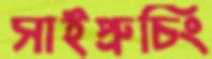
সাইপ্রুচিং